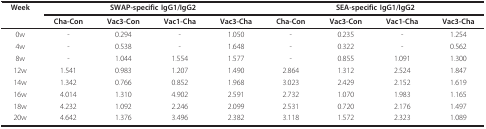
<table><thead><tr><td><b>Week</b></td><td colspan="4"><b>SWAP-specific IgG1/IgG2</b></td><td colspan="4"><b>SEA-specific IgG1/IgG2</b></td></tr><tr><td></td><td><b>Cha-Con</b></td><td><b>Vac3-Con</b></td><td><b>Vac1-Cha</b></td><td><b>Vac3-Cha</b></td><td><b>Cha-Con</b></td><td><b>Vac3-Con</b></td><td><b>Vac1-Cha</b></td><td><b>Vac3-Cha</b></td></tr></thead><tbody><tr><td>0w</td><td>-</td><td>0.294</td><td>-</td><td>1.050</td><td>-</td><td>0.235</td><td>-</td><td>1.254</td></tr><tr><td>4w</td><td>-</td><td>0.538</td><td>-</td><td>1.648</td><td>-</td><td>0.322</td><td>-</td><td>0.562</td></tr><tr><td>8w</td><td>-</td><td>1.044</td><td>1.554</td><td>1.577</td><td>-</td><td>0.855</td><td>1.091</td><td>1.300</td></tr><tr><td>12w</td><td>1.541</td><td>0.983</td><td>1.207</td><td>1.490</td><td>2.864</td><td>1.312</td><td>2.524</td><td>1.847</td></tr><tr><td>14w</td><td>1.342</td><td>0.766</td><td>0.852</td><td>1.968</td><td>3.023</td><td>2.429</td><td>2.152</td><td>1.619</td></tr><tr><td>16w</td><td>4.014</td><td>1.310</td><td>4.902</td><td>2.591</td><td>2.732</td><td>1.070</td><td>1.983</td><td>1.165</td></tr><tr><td>18w</td><td>4.232</td><td>1.092</td><td>2.246</td><td>2.099</td><td>2.531</td><td>0.720</td><td>2.176</td><td>1.497</td></tr><tr><td>20w</td><td>4.642</td><td>1.376</td><td>3.496</td><td>2.382</td><td>3.118</td><td>1.572</td><td>2.323</td><td>1.089</td></tr></tbody></table>